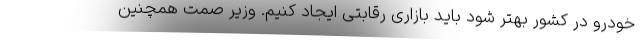
خودرو در کشور بهتر شود باید بازاری رقابتی ایجاد کنیم. وزیر صمت همچنین